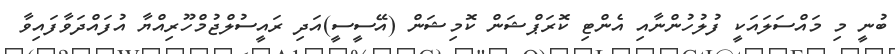
ބުނީ މި މައްސަލައަކީ ފުލުހުންނާއި އެންޓި ކޮރަޕްޝަން ކޮމިޝަން (އޭސީސީ)އަދި ރައީސުލްޖުމްހޫރިއްޔާ އުފައްދަވާފައިވާ